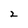
Character: 2